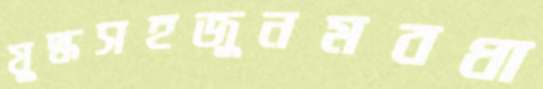
যুদ্ধসহজুনমবধা